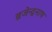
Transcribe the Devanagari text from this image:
ब्रजेन्द्रनाथ